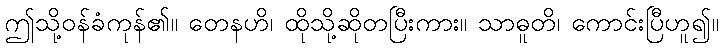
ဤသို့ဝန်ခံကုန်၏။ တေနဟိ၊ ထိုသို့ဆိုတပြီးကား။ သာဓူတိ၊ ကောင်းပြီဟူ၍။